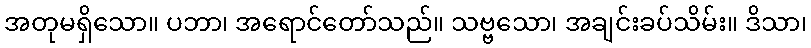
အတုမရှိသော။ ပဘာ၊ အရောင်တော်သည်။ သဗ္ဗသော၊ အချင်းခပ်သိမ်း။ ဒိသာ၊